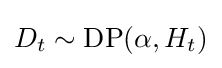
D_{t}\sim \operatorname {DP} (\alpha ,H_{t})